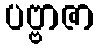
ပဗ္ဗာဇာ